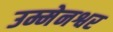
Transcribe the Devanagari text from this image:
उम्मेनश्वर